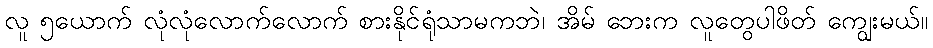
လူ ၅ယောက် လုံလုံလောက်လောက် စားနိုင်ရုံသာမကဘဲ၊ အိမ် ဘေးက လူတွေပါဖိတ် ကျွေးမယ်။